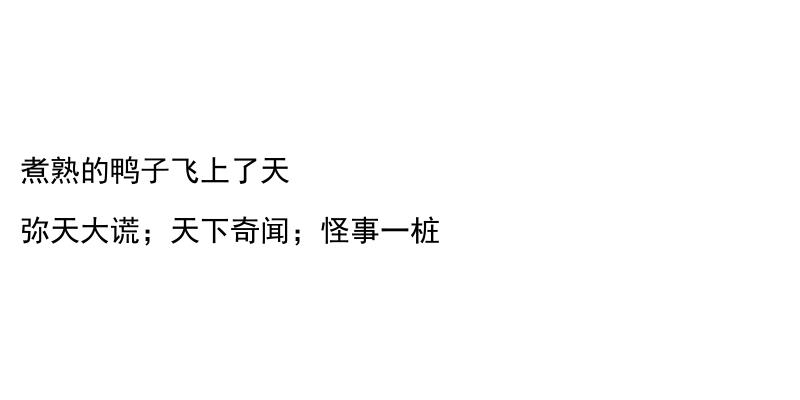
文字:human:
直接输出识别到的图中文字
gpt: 煮熟的鸭子飞上了天 弥天大谎；天下奇闻；怪事一桩